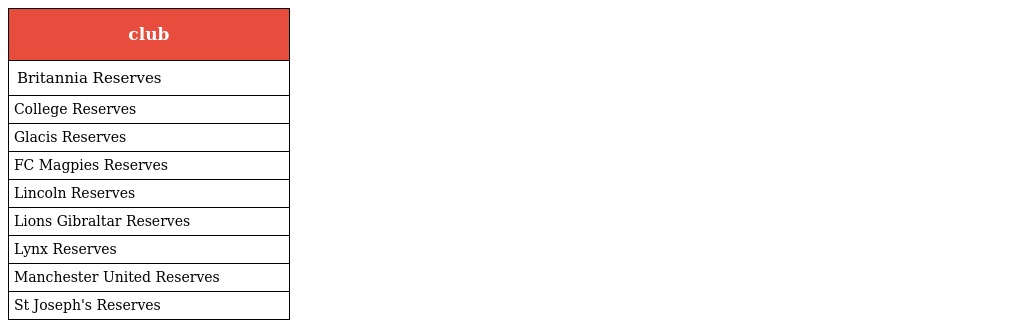
| club |
 | --- |
 | Britannia Reserves |
 | College Reserves |
 | Glacis Reserves |
 | FC Magpies Reserves |
 | Lincoln Reserves |
 | Lions Gibraltar Reserves |
 | Lynx Reserves |
 | Manchester United Reserves |
 | St Joseph's Reserves |